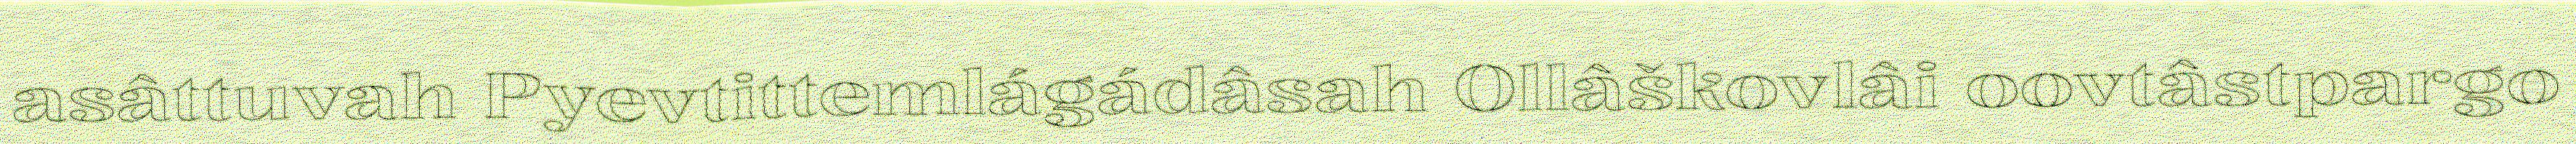
asâttuvah Pyevtittemlágádâsah Ollâškovlâi oovtâstpargo